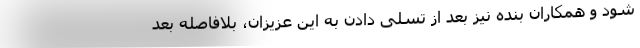
شود و همکاران بنده نیز بعد از تسلی دادن به این عزیزان، بلافاصله بعد